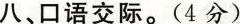
八、口语交际。(4分)